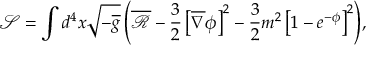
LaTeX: \mathcal { S } = \int { d ^ { 4 } x \sqrt { - \overline { { { g } } } } \left( \overline { { { \mathcal { R } } } } - \frac { 3 } { 2 } \left[ \overline { { { \nabla } } } \phi \right] ^ { 2 } - \frac { 3 } { 2 } m ^ { 2 } \left[ 1 - e ^ { - \phi } \right] ^ { 2 } \right) } ,